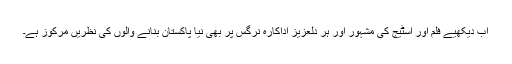
اب دیکھیے فلم اور اسٹیج کی مشہور اور ہر دلعزیز اداکارہ نرگس پر بھی نیا پاکستان بنانے والوں کی نظریں مرکوز ہے۔